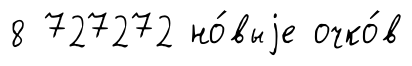
8 727272 но́выjе очко́в